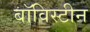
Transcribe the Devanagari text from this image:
बॉविस्टीन